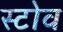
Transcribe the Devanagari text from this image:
स्‍टोव